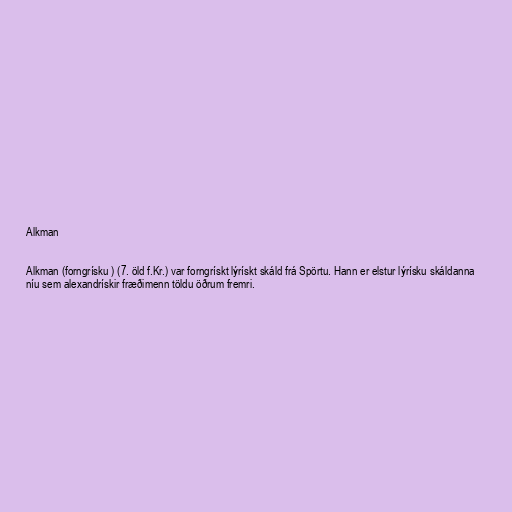
Alkman

Alkman (forngrísku ) (7. öld f.Kr.) var forngrískt lýrískt skáld frá Spörtu. Hann er elstur lýrísku skáldanna
níu sem alexandrískir fræðimenn töldu öðrum fremri.